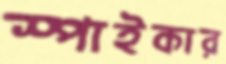
স্পাইকার